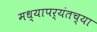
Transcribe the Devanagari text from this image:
मध्यापर्यंतच्या